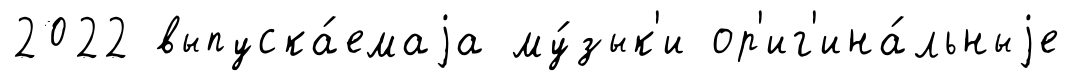
2022 выпуска́емаjа му́зык'и ор'иг'ина́льныjе